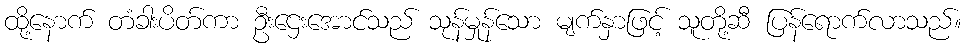
ထို့နောက် တံခါးပိတ်ကာ ဦးဌေးအောင်သည် သုန်မှုန်သော မျက်နှာဖြင့် သူတို့ဆီ ပြန်ရောက်လာသည်။